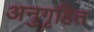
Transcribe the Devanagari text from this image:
अनुगृहित